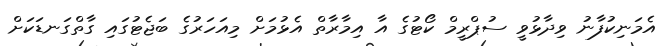
އެމަނިކުފާނު ވިދާޅުވީ ސުޕްރީމް ކޯޓުގެ އާ އިމާރާތް އެޅުމަށް މިއަހަރުގެ ބަޖެޓުގައި ގާތްގަނޑަކަށް